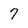
Character: 7